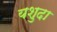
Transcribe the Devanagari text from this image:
यशुदा